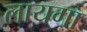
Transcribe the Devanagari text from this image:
लायगा